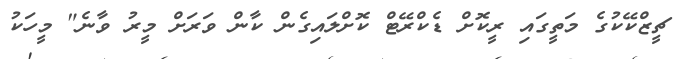
ޗީޒްކޭކުގެ މަތީގައި ރީކޮށް ޑެކްރޭޓް ކޮށްލައިގެން ކާން ވަރަށް މީރު ވާނެ" މީހަކު